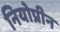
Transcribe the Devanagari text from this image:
नियोप्रीन